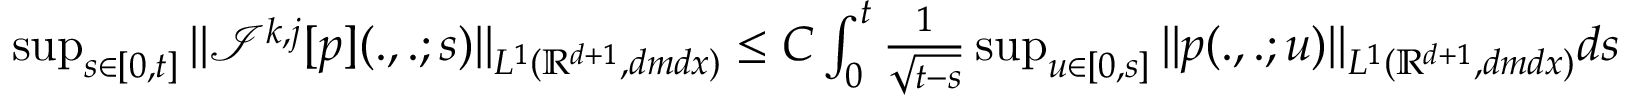
\begin{array} { r } { \operatorname* { s u p } _ { s \in [ 0 , t ] } \| { \mathcal I } ^ { k , j } [ p ] ( . , . ; s ) \| _ { L ^ { 1 } ( { \mathbb R } ^ { d + 1 } , d m d x ) } \leq C \int _ { 0 } ^ { t } \frac { 1 } { \sqrt { t - s } } \operatorname* { s u p } _ { u \in [ 0 , s ] } \| p ( . , . ; u ) \| _ { L ^ { 1 } ( { \mathbb R } ^ { d + 1 } , d m d x ) } d s } \end{array}